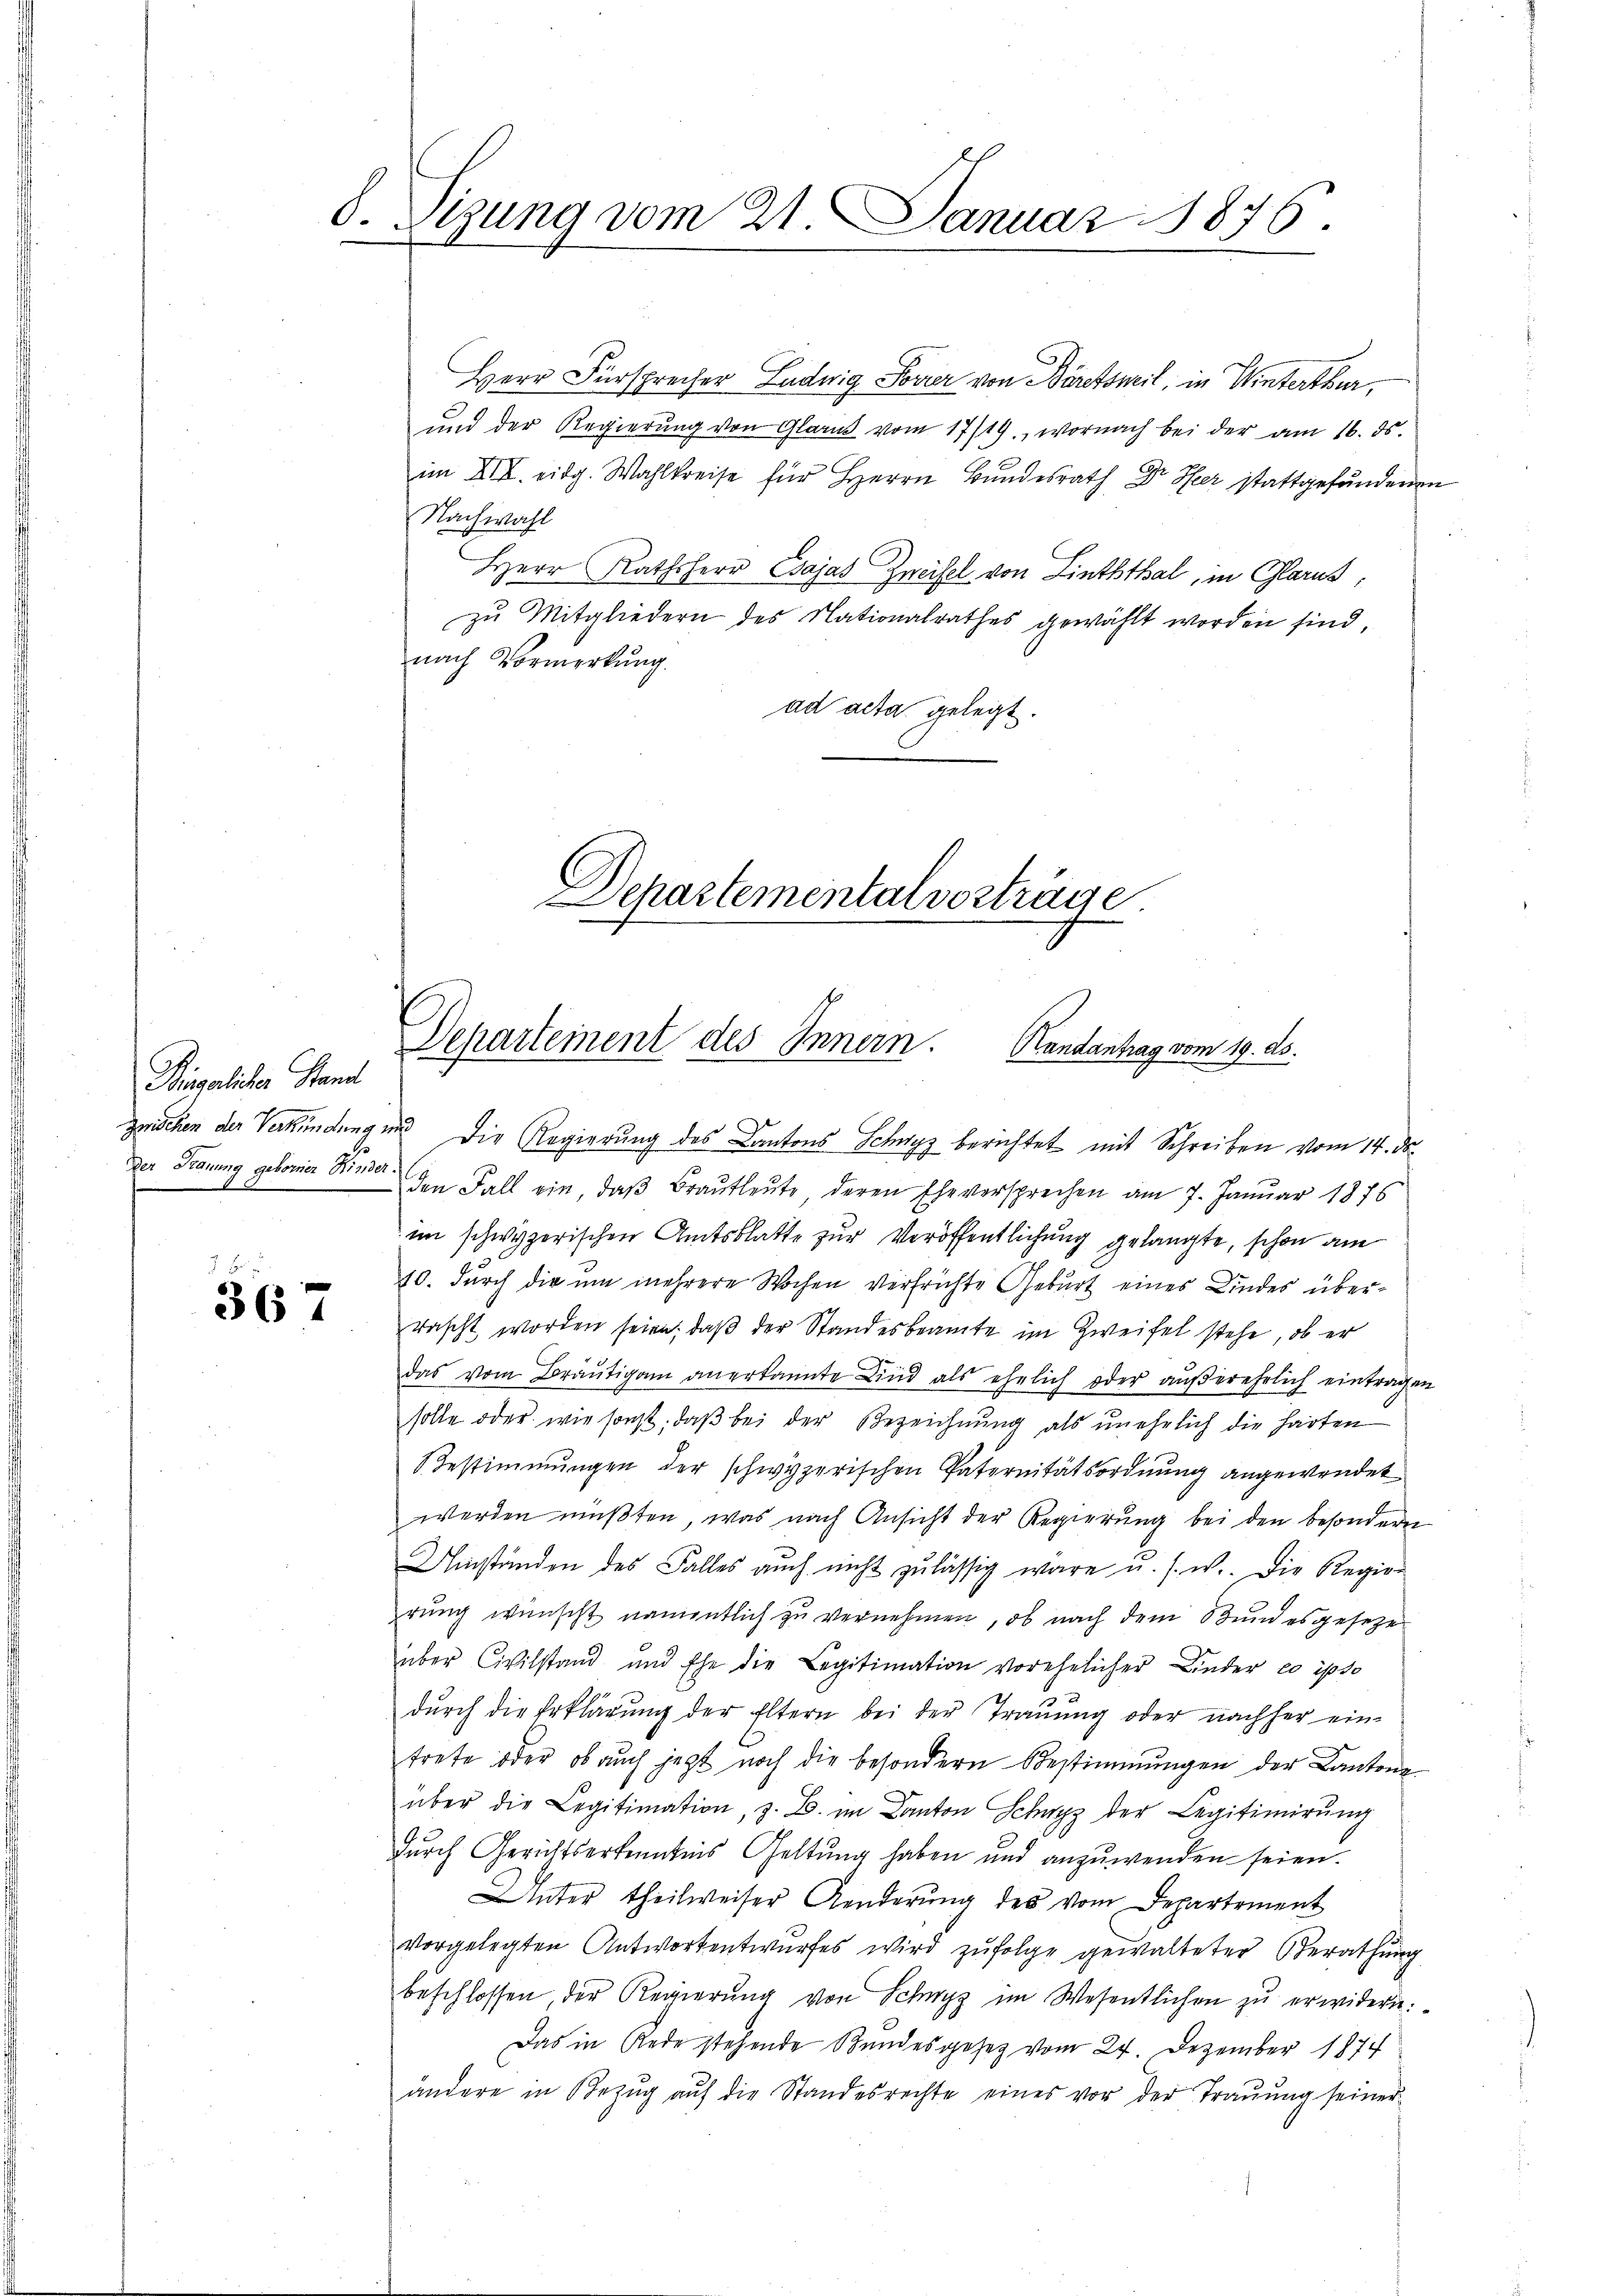
Bingelicher Stand
der Trauung geborner Kinder.
19
.

367

8. Sizung vom 21. Januar 1876.

Herr Fürsprecher Ludwig Sovier von Bäretsweil, in Winterthur,
und der Regierŭng von Glarus vom 17/19., wornach bei der am 16. ds.
im XII. eidg. Wahlkreise für Herrn Bundesrath Dr. Hier stattgefundenen
Nachwahl
Herr Rathsherr Cajas Zweifel von Linththal, in Glarus,
zu Mitgliedern des Nationalrathes gewählt worden sind,
nach Vormerkung.
ad acta gelegt.

zwischen der Verkündung und die Regierung des Kantons Schwyz berichtet mit Schreiben vom 14. ds.
den Fall ein, daß Brautleute deren Eheversprechen am 7. Januar 1876
im schwyzerischen Amtsblatte zur Veröffentlichung gelangte, schon am
10. durch die um mehrere Wochen verfrüchte Geburt eines Kindes überrascht worden seien; daß der Standesbeamte im Zweifel stehe, ob er
das vom Bräŭtigam anerkannte Kind als ehelich oder aŭβerehrlich eintragen
solle oder wie sonst, daß bei der Bezeichnung als unehelich die harten
Bestimmungen der schwyzerischen Paternitätsordnung angewendet
werden müßten, was nach Ansicht der Regierung bei den besondern
Umständen des Falles auch nicht zulässig wäre u. s. w. Die Regier
rung wünscht namentlich zu vernehmen, ob nach dem Bund es geseze
über Civilstand und Ehe die Legitimation vorehelicher Linder eo ipso
durch die Erklärung der Eltern bei der Trauung oder nachher ein-
trete oder ob auch jezt noch die besondern Bestimmungen der Kantone
über die Legitimation, z. B. im Canton Schwyz der Legitimierŭng
durch Gerichtserkenntnis Geltung haben und anzuwenden seien.
Unter theilweiser Aenderŭng des vom Departement
vorgelegten Antwortentwurfes wird zufolge gewalteter Berathung
beschlossen der Regierung von Schwyz im Wesentlichen zu erwidern:
Das in Rede stehende Bundesgesetz vom 24. Dezember 1874
ändere in Bezŭg aŭf die Standesrechte eines vor der Traŭŭng seiner

Separtementalvorträge
Departement des Innern. Handantrag vom 19. ds.